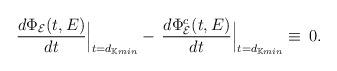
LaTeX: \begin{align*}\frac{d\Phi_\mathcal{E}(t,E)}{dt}\Big|_{t=d_{\mathbb{K}min}}-\, \frac{d\Phi^c_\mathcal{E}(t,E)}{dt}\Big|_{t=d_{\mathbb{K}min}}\equiv \,0.\end{align*}